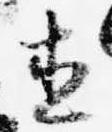
直